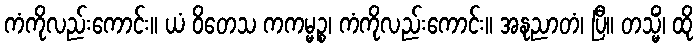
ကံကိုလည်းကောင်း။ ယံ ဝိတေသ ကကမ္မဉ္စ၊ ကံကိုလည်းကောင်း။ အနုညာတံ၊ ပြီ။ တသ္မိံ၊ ထို